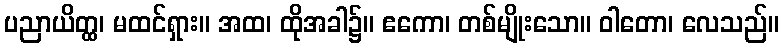
ပညာယိတ္ထ၊ မထင်ရှား။ အထ၊ ထိုအခါ၌။ ဧကော၊ တစ်မျိုးသော။ ဝါတော၊ လေသည်။